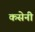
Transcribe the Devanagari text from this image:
कसेनी